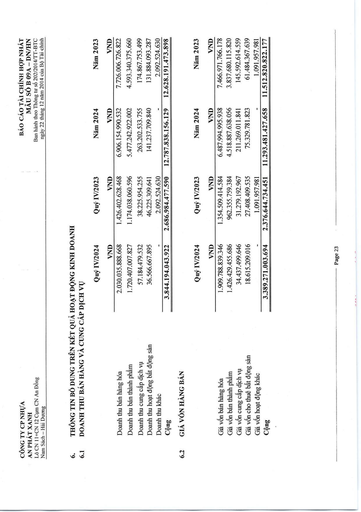
||Quý IV/2024|Quý IV/2023|Năm 2024|Năm 2023| |---|---|---|---|---| ||VND|VND|VND|VND| |Doanh thu bán hàng hóa|2.030.035.888.668|1.426.402.628.468|6.906.154.990.532|7.726.006.726.822| |Doanh thu bán thành phẩm|1.720.407.007.827|1.174.038.060.596|5.477.242.922.002|4.593.340.375.660| |Doanh thu cung cấp dịch vụ|57.184.479.532|38.225.954.255|263.202.533.755|174.867.753.499| |Doanh thu hoạt động bất động sản|36.566.667.895|46.225.309.641|141.237.709.840|131.884.093.287| |Doanh thu khác||2.092.524.630||2.092.524.630| |Cộng|3.844.194.043.922|2.686.984.477.590|12.787.838.156.129|12.628.191.473.898| ||Quý IV/2024|Quý IV/2023|Năm 2024|Năm 2023| |---|---|---|---|---| ||VND|VND|VND|VND| |Giá vốn bán hàng hóa|1.909.788.839.346|1.354.509.414.584|6.487.994.995.938|7.466.971.766.178| |Giá vốn bán thành phẩm|1.426.429.455.686|962.355.759.384|4.518.887.638.056|3.837.680.115.820| |Giá vốn cung cấp dịch vụ|34.437.499.646|31.279.192.967|211.269.011.841|145.592.614.559| |Giá vốn cho thuê bất động sản|18.615.209.016|27.408.409.535|75.329.781.823|61.484.367.639| |Giá vốn hoạt động khác||1.091.957.981||1.091.957.981| |Cộng|3.389.271.003.694|2.376.644.734.451|11.293.481.427.658|11.512.820.822.177|